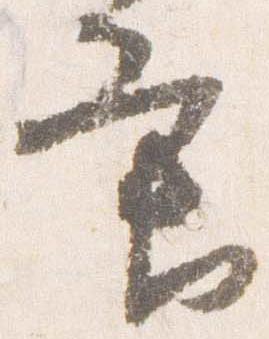
条